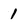
Character: 1